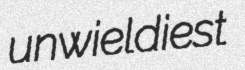
unwieldiest